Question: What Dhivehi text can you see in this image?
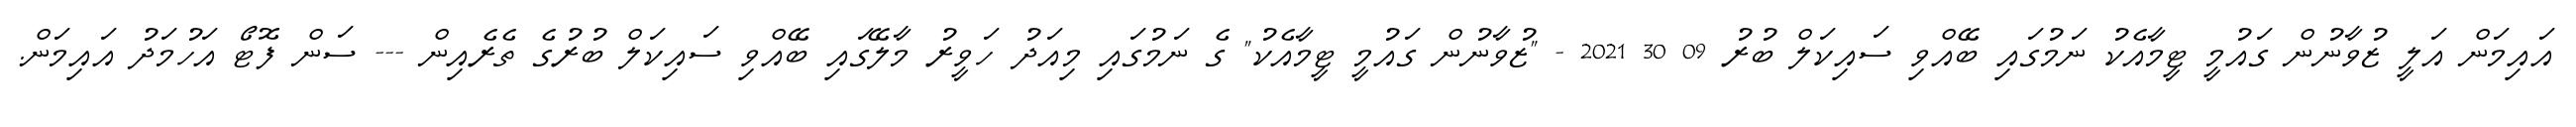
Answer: އައިމަން އަލީ ޒުވާނުން ގައުމީ ޓީމާއެކު ނަމުގައި ބޭއްވި ސައިކަލް ބުރު 09 30 2021 - "ޒުވާނުން ގައުމީ ޓީމާއެކު" ގެ ނަމުގައި މިއަދު ހަވީރު މާލޭގައި ބޭއްވި ސައިކަލް ބުރުގެ ތެރެއިން --- ސަން ފޮޓޯ އަހުމަދު އައިމަން.